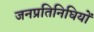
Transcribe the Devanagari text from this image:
जनप्रतिनिघियों